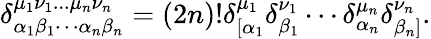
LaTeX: \delta_{\alpha_{1}\beta_{1}\cdots\alpha_{n}\beta_{n}}^{\mu_{1}\nu_{1}...\mu_{n}\nu_{n}}=(2n)!\delta_{\lbrack\alpha_{1}}^{\mu_{1}}\delta_{\beta_{1}}^{\nu_{1}}\cdots\delta_{\alpha_{n}}^{\mu_{n}}\delta_{\beta_{n}]}^{\nu_{n}}.